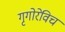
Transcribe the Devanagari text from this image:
गृगोरेविच